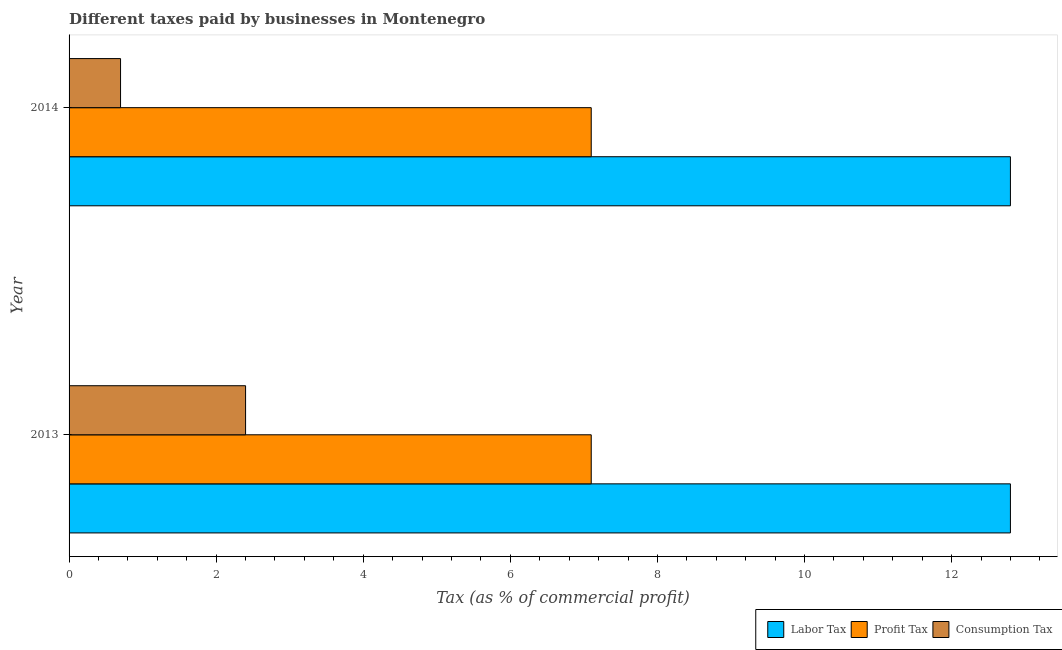
| Year | Labor Tax | Profit Tax | Consumption Tax |
 | --- | --- | --- | --- |
 | 2013 | 12.8 | 7.1 | 2.4 |
 | 2014 | 12.8 | 7.1 | 0.7 |